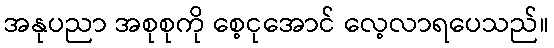
အနုပညာ အစုစုကို စေ့ငုအောင် လေ့လာရပေသည်။